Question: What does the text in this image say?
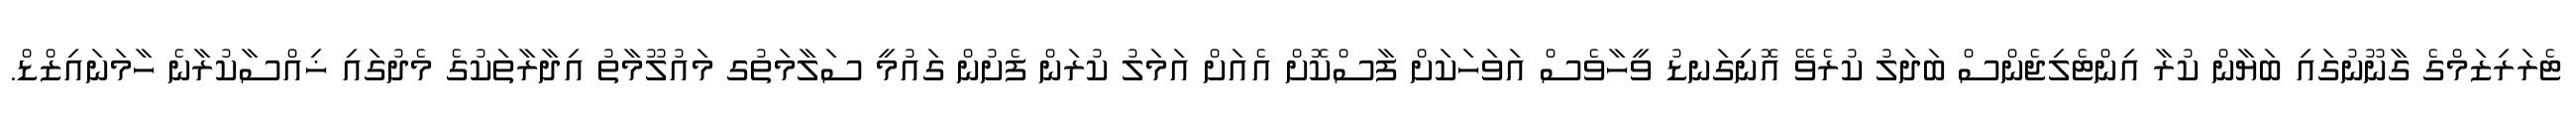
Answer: ޓެރަރިޒަމްގެ ގާނޫނުގައި ބަޔާން ކުރާ އިންޓެލިޖެންސް ބަދަލު ކުރެވޭ އޮނިގަނޑު ވީހާވެސް އަވަހަކަށް ފާސްކޮށް އެއަށް އަމަލު ކުރަން ފެށުން ގައުމީ ސަލާމަތުގ މައުލޫމާތު އިދާރާތަކުގެ މެދުގައި ޚިއްސާކުރާނެ ހާމަނައިޒްޑް.